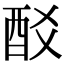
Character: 𨟿